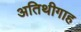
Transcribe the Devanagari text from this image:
अतिथीगाह